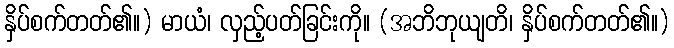
နှိပ်စက်တတ်၏။) မာယံ၊ လှည့်ပတ်ခြင်းကို။ (အဘိဘုယျတိ၊ နှိပ်စက်တတ်၏။)